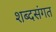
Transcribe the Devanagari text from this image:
शब्दसंगत